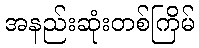
အနည်းဆုံးတစ်ကြိမ်